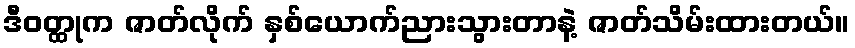
ဒီဝတ္ထုက ဇာတ်လိုက် နှစ်ယောက်ညားသွားတာနဲ့ ဇာတ်သိမ်းထားတယ်။